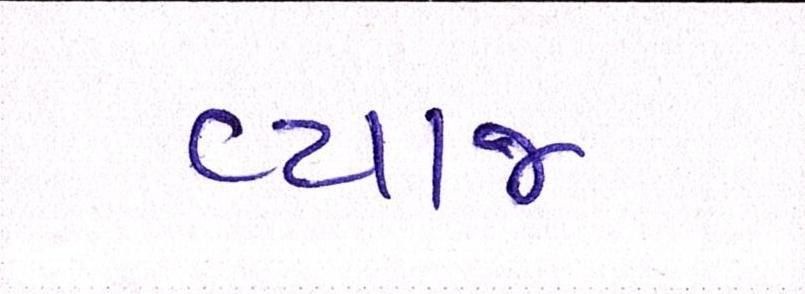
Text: વ્યાજ